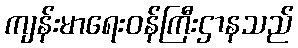
ကျန်းမာရေးဝန်ကြီးဌာနသည်